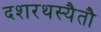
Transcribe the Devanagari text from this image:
दशरथस्यैतौ